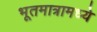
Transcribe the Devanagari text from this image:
भूतमात्रामध्ये